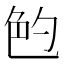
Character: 𰅝